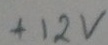
Text: +12V